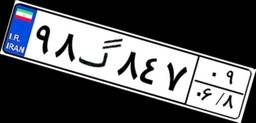
۹۸گ۸۴۷۰۹